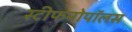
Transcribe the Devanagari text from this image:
स्टीफनोपॉलस